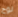
لوح